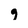
Character: g